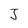
Character: J